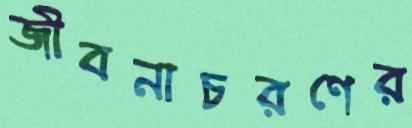
জীবনাচরণের